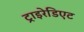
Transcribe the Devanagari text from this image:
ट्राइरेडिएट